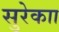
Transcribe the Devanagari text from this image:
सुरेकाा